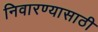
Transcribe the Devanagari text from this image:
निवारण्यासाठी